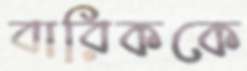
বারিককে